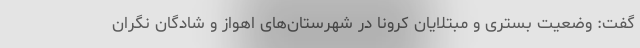
گفت: وضعیت بستری و مبتلایان کرونا در شهرستان‌های اهواز و شادگان نگران